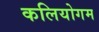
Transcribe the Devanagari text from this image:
कलियोगम